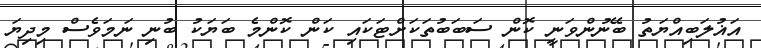
އަޣުލަބިއްޔަތު ބޭނުންވަނީ ކޮން ސަބަބުތަކަށްޓަކައި ކަން ކޮންމެ ބަޔަކު ބުނި ނަމަވެސް މިދިޔަ